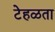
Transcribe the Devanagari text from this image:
टेहळता